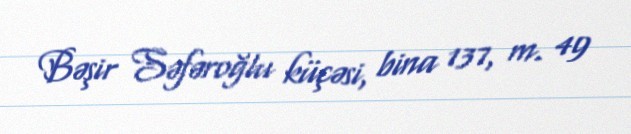
Bəşir Səfəroğlu küçəsi, bina 137, m. 49